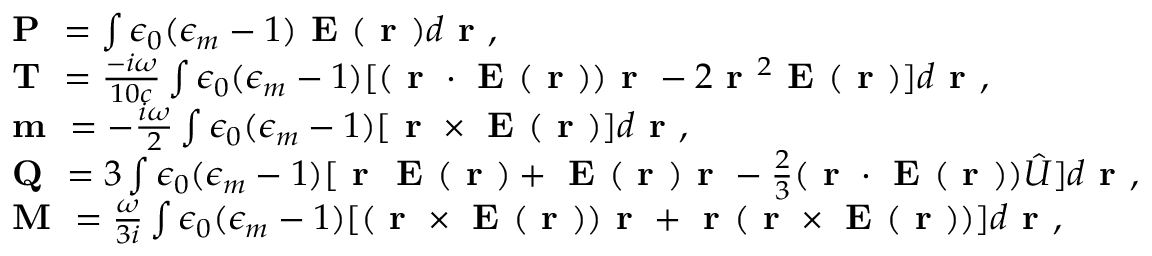
\begin{array} { r l } & { \textbf { P } = \int \epsilon _ { 0 } ( \epsilon _ { m } - 1 ) \textbf { E } ( \textbf { r } ) d \textbf { r } , } \\ & { { \textbf { T } = \frac { - i \omega } { 1 0 c } \int \epsilon _ { 0 } ( \epsilon _ { m } - 1 ) [ ( \textbf { r } \cdot \textbf { E } ( \textbf { r } ) ) \textbf { r } - 2 \textbf { r } ^ { 2 } \textbf { E } ( \textbf { r } ) ] d \textbf { r } } , } \\ & { \textbf { m } = - \frac { i \omega } { 2 } \int \epsilon _ { 0 } ( \epsilon _ { m } - 1 ) [ \textbf { r } \times \textbf { E } ( \textbf { r } ) ] d \textbf { r } , } \\ & { \textbf { Q } = 3 \int \epsilon _ { 0 } ( \epsilon _ { m } - 1 ) [ \textbf { r } \textbf { E } ( \textbf { r } ) + \textbf { E } ( \textbf { r } ) \textbf { r } - \frac { 2 } { 3 } ( \textbf { r } \cdot \textbf { E } ( \textbf { r } ) ) \hat { U } ] d \textbf { r } , } \\ & { \textbf { M } = \frac { \omega } { 3 i } \int \epsilon _ { 0 } ( \epsilon _ { m } - 1 ) [ ( \textbf { r } \times \textbf { E } ( \textbf { r } ) ) \textbf { r } + \textbf { r } ( \textbf { r } \times \textbf { E } ( \textbf { r } ) ) ] d \textbf { r } , } \end{array}